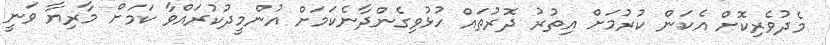
މެދުވެރިކޮށް އެކަން ކުރުމަށް އިތުރު ދޮރުތައް ހުޅުވިގެންދާނެކަމަށް އުންމީދުކުރައްވާ ކަމަށް މާރިޔާ ވަނީ